Lunatic asylums Madras 1892-1911 - 1892-1911
Year: 1892
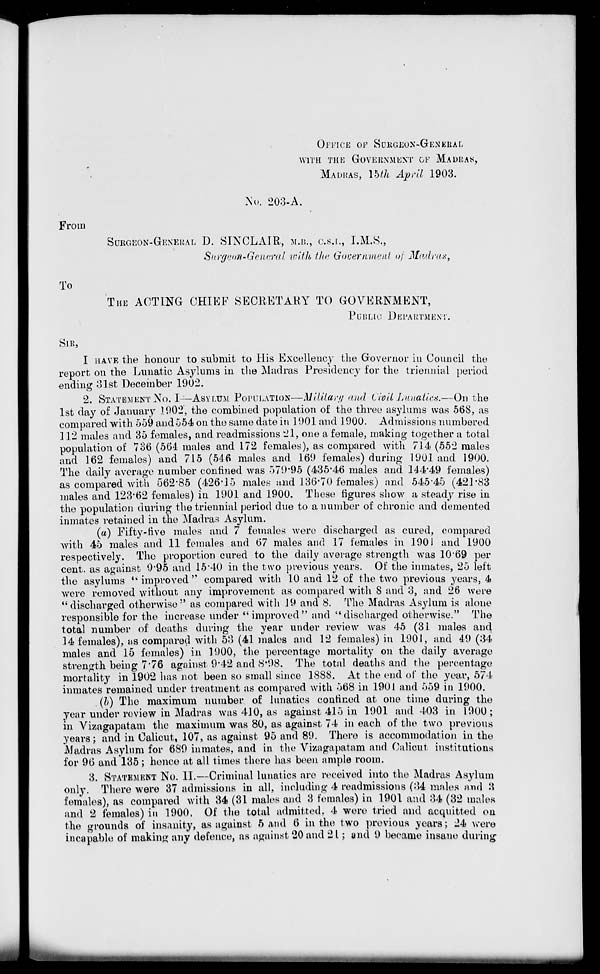
From
To
OFFICE OF SURGEON-GENERAL
WITH THE GOVERNMENT CF MADRAS,
MADRAS, 15*7I April 1903.
No. 203-A.
SCRGEON-GENERAL D. SINCLAIR, M.B., C.S.I., I.M.S.,
Surgeon-Geueral, with the Government of Madras,
THE ACTING CHIEF SECRETARY TO GOVERNMENT,
PUBLIC DEPARTMENT.
SIR,
I HAVE the honour to submit to His Excellency the Governor in Council the
report on the Lunatic As}dum3 in the Madras Presidency for the triennial period
ending 31st December 1902.
2. STATEMENT No. I—ASYLUM POPULATION—Military and Civil Lunatic*.—On the
1st day of January 1902', the combined population of the three asylums was 568, as
compared with 559 and054 on the same date in 1901 and 1900. Admissions numbered
] 12 males and 35 females, and readmissions 21, one a female, making- together a total
population of 736 (564 males and 172 females), as compared with 714 (552 males
and 162 females) and 715 (546 males and 169 females) during 1901 and 1900.
The daily average number confined was 579-95 (435*46 males and 144*49 females)
as compared with 562*85 (426*15 males and 136*70 females) and 545*45 (421*83
males and 123*62 females) in 1901 and 1900. These figures show a steady rise in
the population during the triennial period due to a number of chronic and demented
inmates retained in the Madras Asylum.
(a) Fifty-five males and 7 females were discharged as cured, compared
with 45 males'and 11 females and 67 males and 17 females in 1901 and 1900
respectively. The proportion cured to the daily average strength was 10 69 per
cent, as against 9*95 and 15*40 in the two previous years. Of the inmates, 25 left
the asylums " improved " compared with 10 and 12 of the two previous years, 4
were removed without any improvement as compared with 8 and 3, and 26 were
"discharged otherwise" as compared with .19 and 8. The Madras Asylum is alone
responsible for the increase under "improved" and "discharged otherwise." The
total number of deaths during the year under review was 45 (31 males and
14 females), as compared with 53 (41 males and 12 females) in 1901, and 49 (34
males and 15 females) in 1900, the percentage mortality on the daily average
strength being 7*76 against 9*42 and 8*98. The total deaths and the percentage
mortality in 1902 has not been so small since 1888. At the end of the year, 574
inmates remained under treatment as compared with 568 in 1901 and 559 in 1900.
(b) The maximum number of lunatics contined at one time during the
year under review in Madras was 410, as against 415 in 1901 and 403 in 1900;
in Vizagapatani the maximum was 80, as against 74 in each of the two previous
years; and in Calicut, 107, as against 95 and 89. There is accommodation in the
Madras Asylum for 689 inmates, and in the Vizagapatam and Calicut institutions
for 96 and 135; hence at all times there has been ample room.
3. STATEMKNT NO. II.—Criminal lunatics are received into the Madras Asylum
only. There were 37 admissions in all, including 4 readmissions (34 males and 3
females), as compared with 34 (31 males and 3 females) in 1901 and 34 (32 males
and 2 females) in 1900, Of the total admitted, 4 were tried and acquitted on
the grounds of insanity, as against 5 and 6 in the two previous years; 24 were
incapable of making any defence, as against 20 and 21; and 9 became insane during